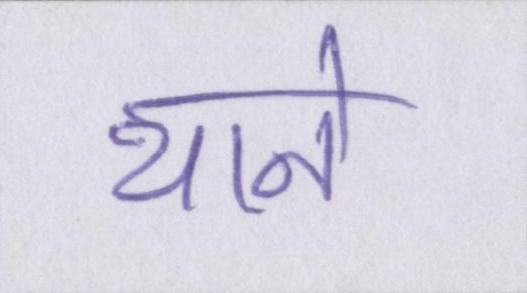
थाने